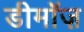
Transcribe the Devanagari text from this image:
डीमॉज़